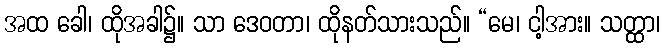
အထ ခေါ၊ ထိုအခါ၌။ သာ ဒေဝတာ၊ ထိုနတ်သားသည်။ “မေ၊ ငါ့အား။ သတ္ထာ၊